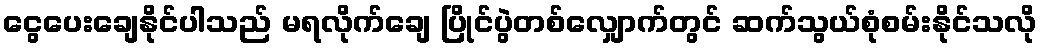
ငွေပေးချေနိုင်ပါသည် မရလိုက်ချေ ပြိုင်ပွဲတစ်လျှောက်တွင် ဆက်သွယ်စုံစမ်းနိုင်သလို